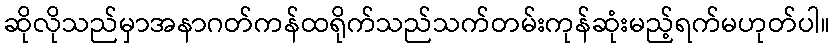
ဆိုလိုသည်မှာအနာဂတ်ကန်ထရိုက်သည်သက်တမ်းကုန်ဆုံးမည့်ရက်မဟုတ်ပါ။